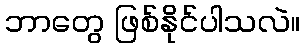
ဘာတွေ ဖြစ်နိုင်ပါသလဲ။